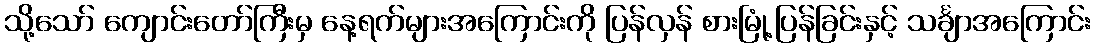
သို့သော် ကျောင်းတော်ကြီးမှ နေ့ရက်များအကြောင်းကို ပြန်လှန် စားမြုံ့ပြန်ခြင်းနှင့် သင်္ချာအကြောင်း